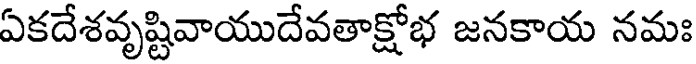
ఏకదేశవృష్టివాయుదేవతాక్షోభ జనకాయ నమః